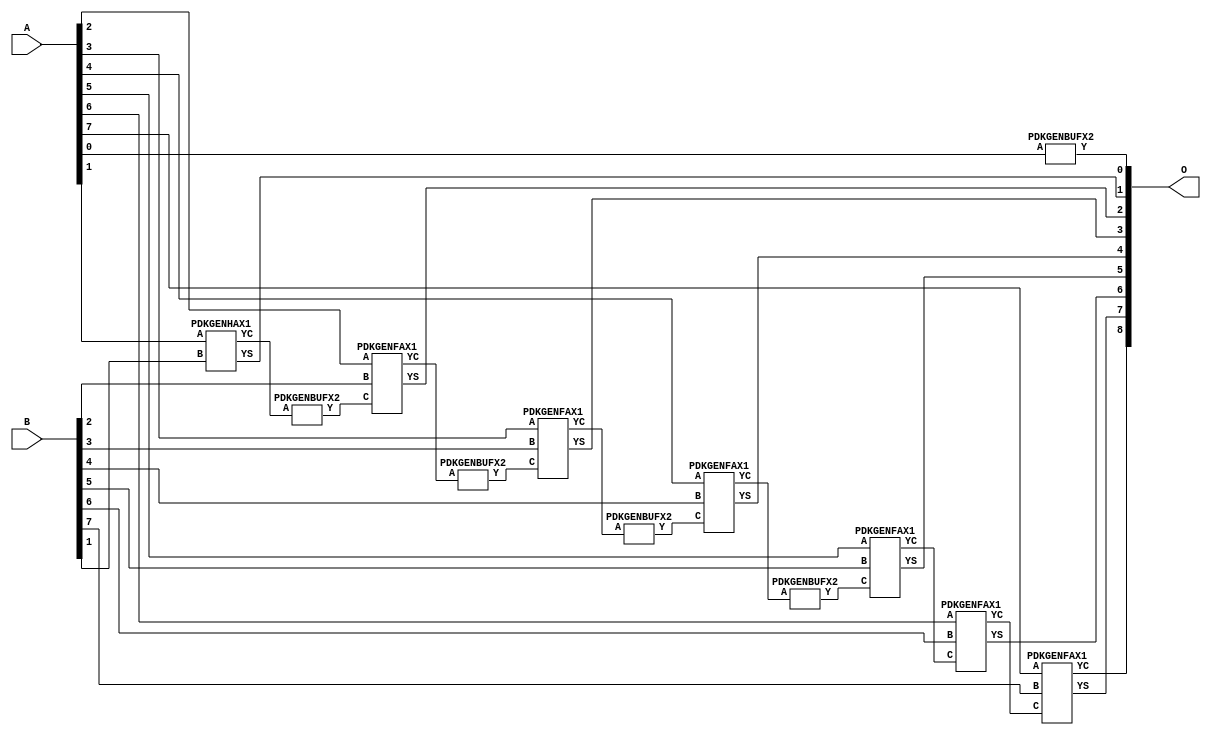
// Library = EvoApprox8b
// Circuit = add8_123
// Area   (180) = 920
// Delay  (180) = 1.630
// Power  (180) = 329.20
// Area   (45) = 70
// Delay  (45) = 0.650
// Power  (45) = 30.83
// Nodes = 12
// HD = 65408
// MAE = 0.50000
// MSE = 0.50000
// MRE = 0.27 %
// WCE = 1
// WCRE = 100 %
// EP = 50.0 %

module add8_123(A, B, O);
  input [7:0] A;
  input [7:0] B;
  output [8:0] O;
  wire [2031:0] N;

  assign N[0] = A[0];
  assign N[1] = A[0];
  assign N[2] = A[1];
  assign N[3] = A[1];
  assign N[4] = A[2];
  assign N[5] = A[2];
  assign N[6] = A[3];
  assign N[7] = A[3];
  assign N[8] = A[4];
  assign N[9] = A[4];
  assign N[10] = A[5];
  assign N[11] = A[5];
  assign N[12] = A[6];
  assign N[13] = A[6];
  assign N[14] = A[7];
  assign N[15] = A[7];
  assign N[16] = B[0];
  assign N[17] = B[0];
  assign N[18] = B[1];
  assign N[19] = B[1];
  assign N[20] = B[2];
  assign N[21] = B[2];
  assign N[22] = B[3];
  assign N[23] = B[3];
  assign N[24] = B[4];
  assign N[25] = B[4];
  assign N[26] = B[5];
  assign N[27] = B[5];
  assign N[28] = B[6];
  assign N[29] = B[6];
  assign N[30] = B[7];
  assign N[31] = B[7];

  PDKGENBUFX2 n76(.A(N[0]), .Y(N[76]));
  PDKGENHAX1 n82(.A(N[2]), .B(N[18]), .YS(N[82]), .YC(N[83]));
  PDKGENBUFX2 n112(.A(N[83]), .Y(N[112]));
  assign N[113] = N[112];
  PDKGENFAX1 n132(.A(N[4]), .B(N[20]), .C(N[113]), .YS(N[132]), .YC(N[133]));
  PDKGENBUFX2 n174(.A(N[133]), .Y(N[174]));
  PDKGENFAX1 n182(.A(N[6]), .B(N[22]), .C(N[174]), .YS(N[182]), .YC(N[183]));
  PDKGENBUFX2 n208(.A(N[183]), .Y(N[208]));
  PDKGENFAX1 n232(.A(N[8]), .B(N[24]), .C(N[208]), .YS(N[232]), .YC(N[233]));
  PDKGENBUFX2 n248(.A(N[233]), .Y(N[248]));
  PDKGENFAX1 n282(.A(N[10]), .B(N[26]), .C(N[248]), .YS(N[282]), .YC(N[283]));
  PDKGENFAX1 n332(.A(N[12]), .B(N[28]), .C(N[283]), .YS(N[332]), .YC(N[333]));
  PDKGENFAX1 n382(.A(N[14]), .B(N[30]), .C(N[333]), .YS(N[382]), .YC(N[383]));

  assign O[0] = N[76];
  assign O[1] = N[82];
  assign O[2] = N[132];
  assign O[3] = N[182];
  assign O[4] = N[232];
  assign O[5] = N[282];
  assign O[6] = N[332];
  assign O[7] = N[382];
  assign O[8] = N[383];

endmodule
/* mod */
module PDKGENHAX1( input A, input B, output YS, output YC );
    assign YS = A ^ B;
    assign YC = A & B;
endmodule
/* mod */
module PDKGENFAX1( input A, input B, input C, output YS, output YC );
    assign YS = (A ^ B) ^ C;
    assign YC = (A & B) | (B & C) | (A & C);
endmodule
/* mod */
module PDKGENBUFX2(input A, output Y );
     assign Y = A;
endmodule